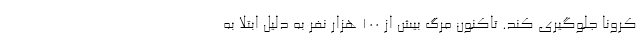
کرونا جلوگیری کند. تاکنون مرگ بیش از ۱۰۰ هزار نفر به دلیل ابتلا به